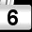
Digit: 6